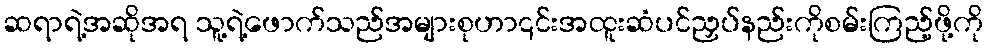
ဆရာရဲ့အဆိုအရ သူ့ရဲ့ဖောက်သည်အများစုဟာ၎င်းအထူးဆံပင်ညှပ်နည်းကိုစမ်းကြည့်ဖို့ကို